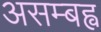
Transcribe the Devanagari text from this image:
असम्बह्व